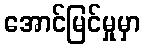
အောင်မြင်မှုမှာ